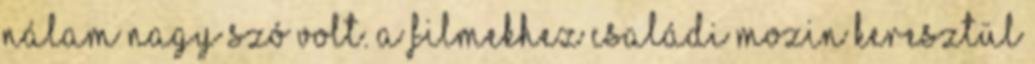
nálam nagy szó volt. A filmekhez családi mozin keresztül